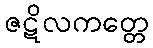
ဇဋိလကတ္တေ